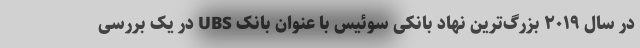
در سال ۲۰۱۹ بزرگ‌ترین نهاد بانکی سوئیس با عنوان بانک UBS در یک بررسی